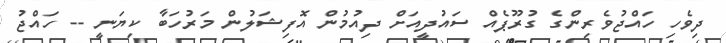
ދިވެހި ހައްޖުވެރިންގެ ގުރޫޕެއް ސައުދީއަށް ދިއުމުން އޮފިޝަލުން މަރުހަބާ ކިޔަނީ -- ހައްޖު